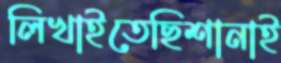
লিখাইতেছিশানাই